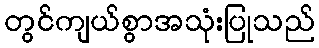
တွင်ကျယ်စွာအသုံးပြုသည်